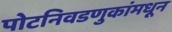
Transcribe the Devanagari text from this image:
पोटनिवडणुकांमधून